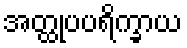
အတ္ထုပပရိက္ခာယ